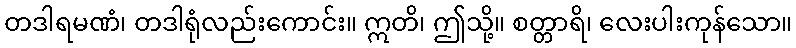
တဒါရမဏံ၊ တဒါရုံလည်းကောင်း။ ဣတိ၊ ဤသို့။ စတ္တာရိ၊ လေးပါးကုန်သော။